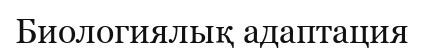
Биологиялық адаптация